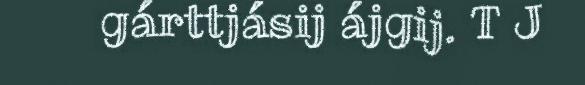
gárttjásij ájgij. T J